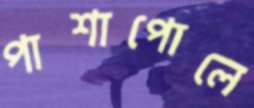
পাশাপোলে